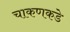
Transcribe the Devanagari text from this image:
चाकणकडे